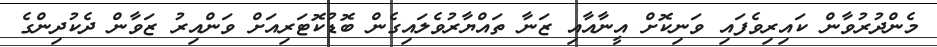
މެންދުރުވާން ކައިރިވެފައި ވަނިކޮށް އީނާއާއި ޒަނާ ތައްޔާރުވެލައިގެން ބޮޑުކޮޓަރިއަށް ވަންއިރު ޒަވާން ދެކުދިންގެ